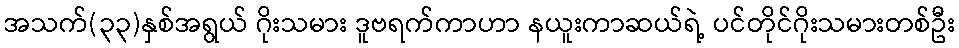
အသက်(၃၃)နှစ်အရွယ် ဂိုးသမား ဒူဗရက်ကာဟာ နယူးကာဆယ်ရဲ့ ပင်တိုင်ဂိုးသမားတစ်ဦး